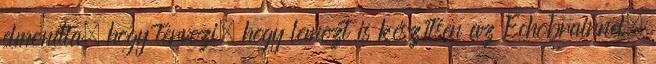
elmondta, hogy tervezi, hogy lemezt is készítsen az Echobrainnel,